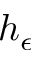
h _ { \epsilon }